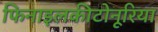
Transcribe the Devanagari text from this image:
फिनाइलकीटोनूरिया